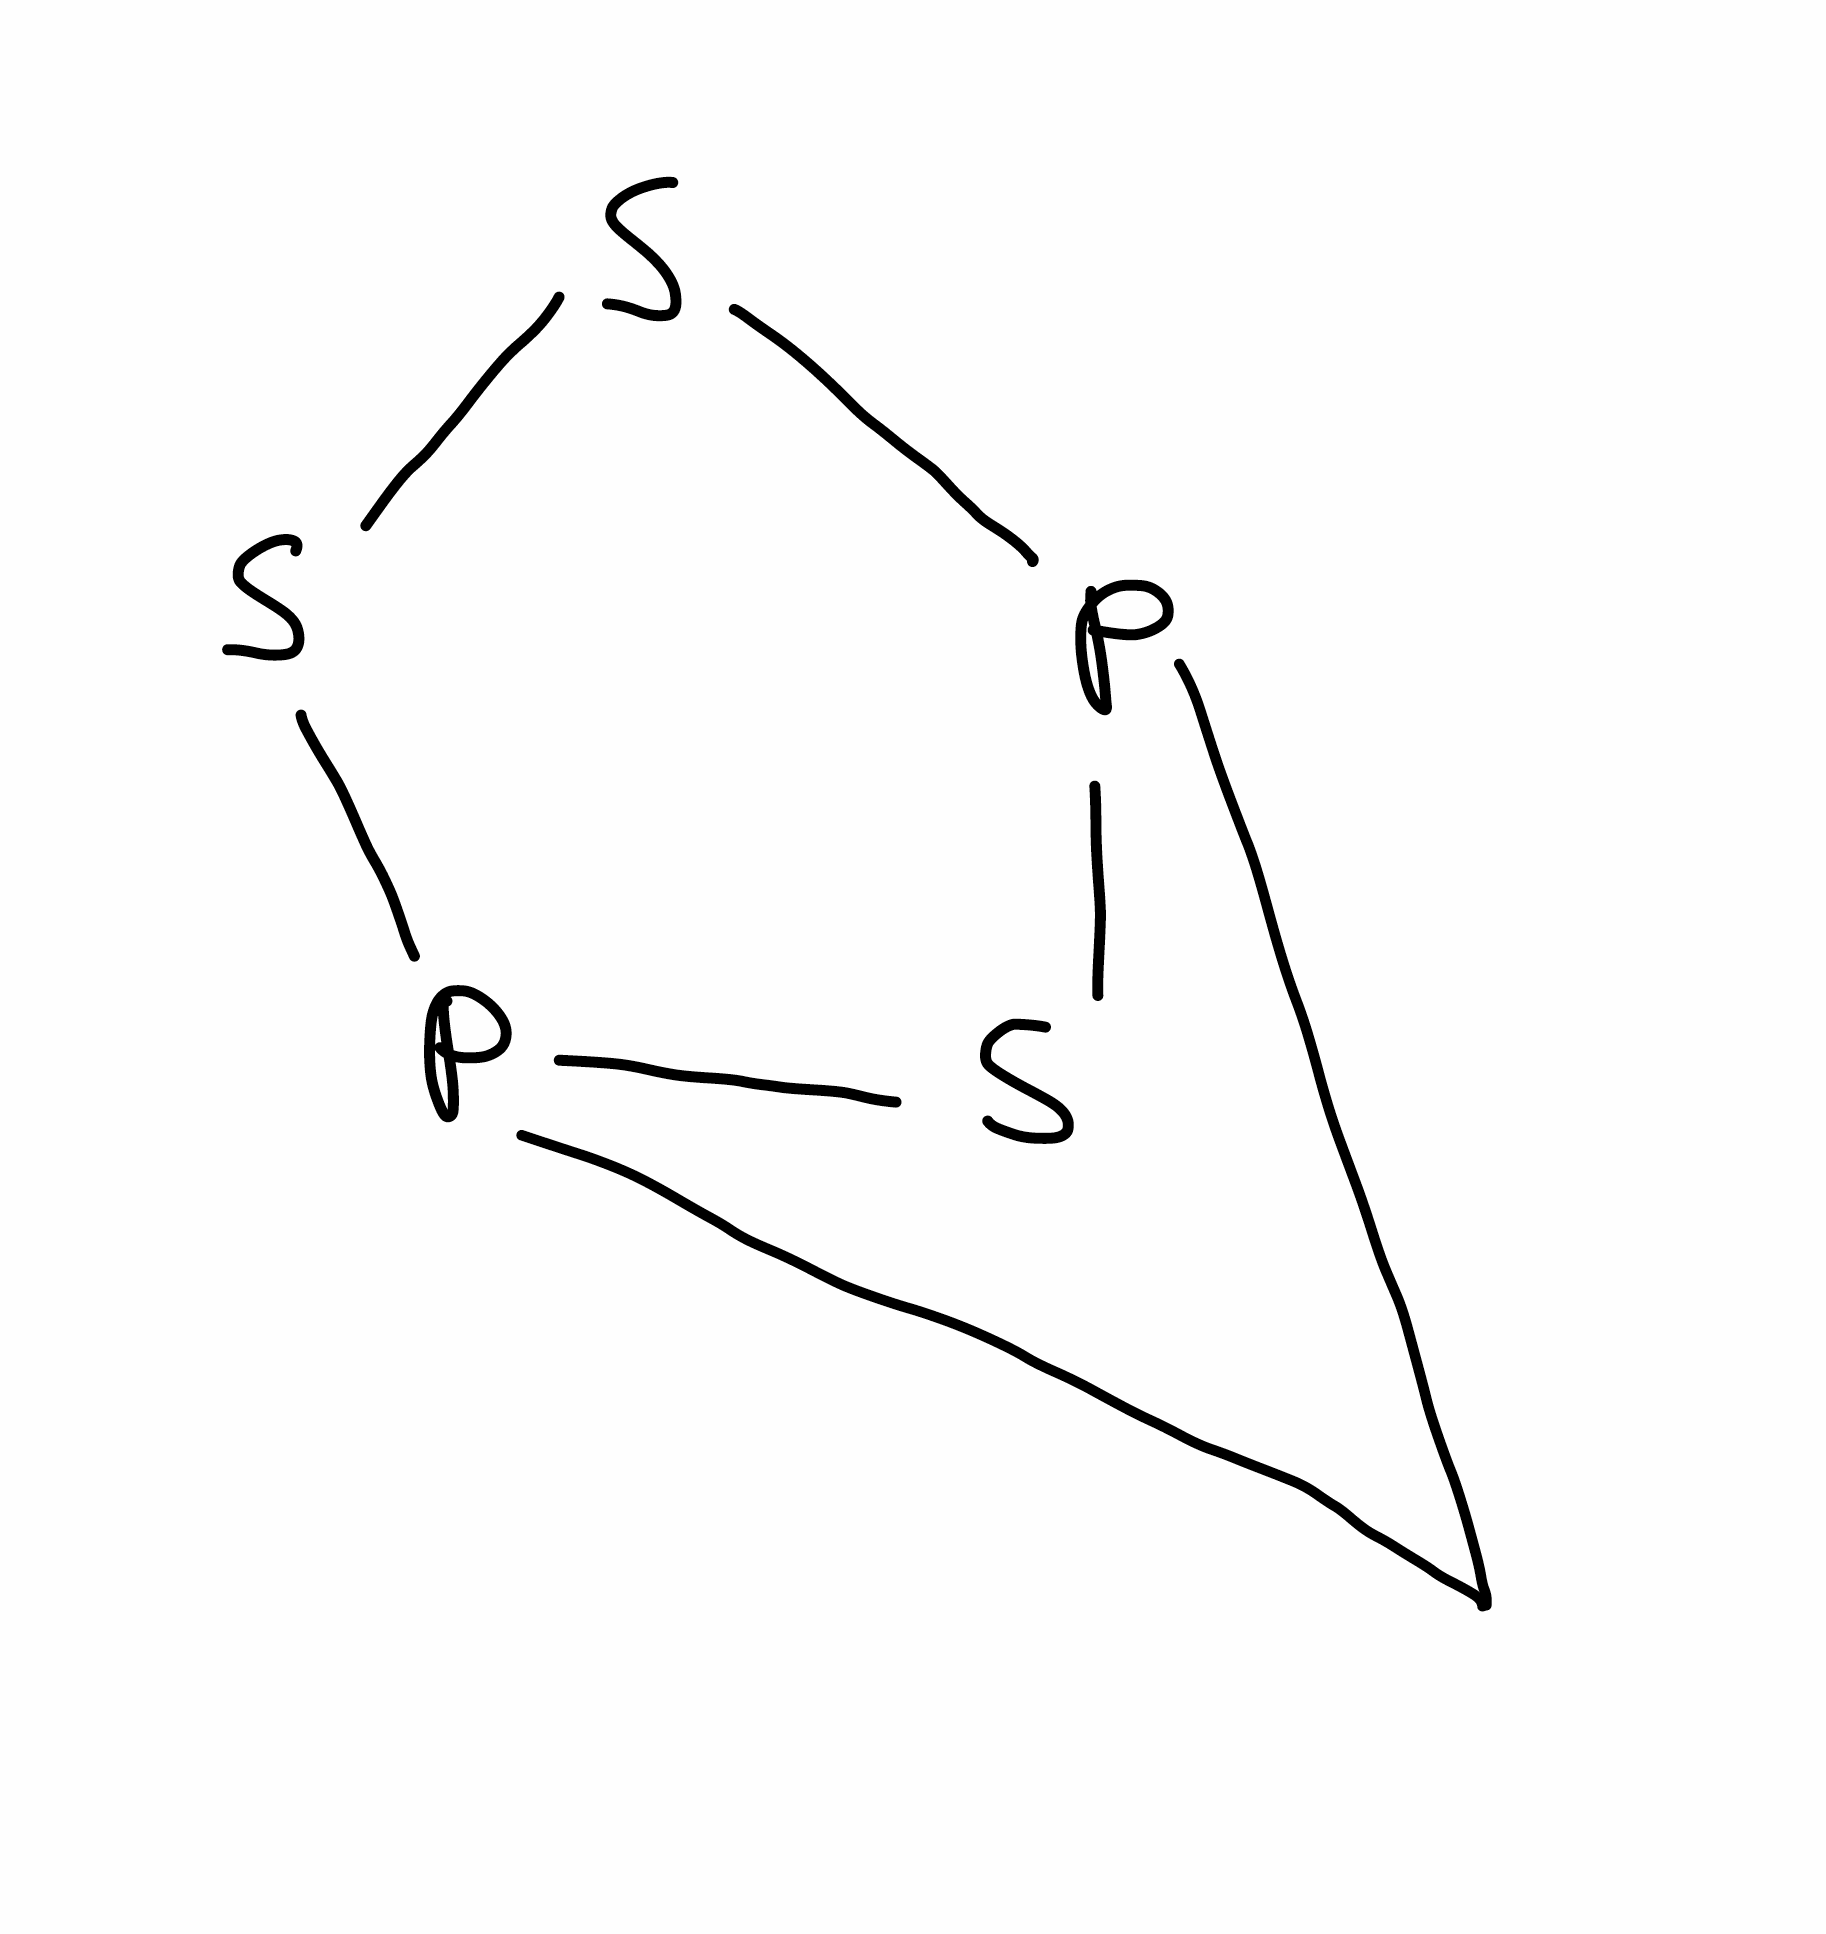
Simplified molecular-input line-entry system (SMILES) notation of the given molecule:
C1P2SP1SS2